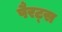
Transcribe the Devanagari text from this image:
पैरट्स